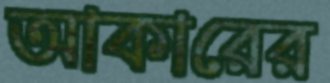
আকারের